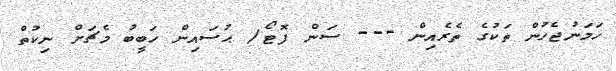
ހަމަނުޖެހުން ތަކުގެ ތެރެއިން --- ސަން ފޮޓޯ/ ޙުސައިން ހަބީބު މެޗަށް ނިކުތް